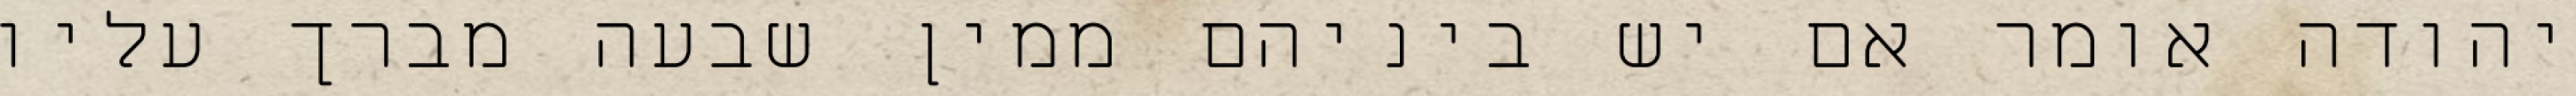
יהודה אומר אם יש ביניהם ממין שבעה מברך עליו